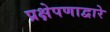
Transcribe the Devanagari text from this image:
प्रक्षेपणाद्वारे